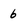
Character: 6